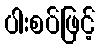
ပါးစပ်ဖြင့်